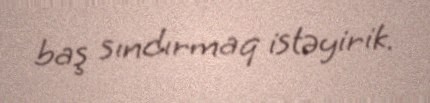
baş sındırmaq istəyirik.